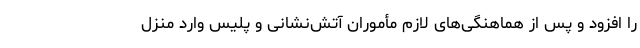
را افزود و پس از هماهنگی‌های لازم مأموران آتش‌نشانی و پلیس وارد منزل